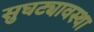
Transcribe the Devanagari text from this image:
सुघट्यावस्था